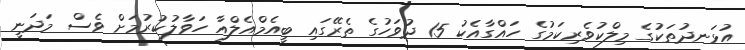
އުޅަނދުތަކުގެ މިލްކުވެރިކަމުގެ ހައްގާއެކު 15 ދުވަހުގެ ތެރޭގައި ބީއެމްއެލްއާ ހަވާލުކުރުމަށް ވެސް މަދަނީ